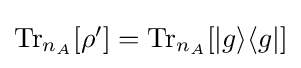
{\textstyle {\text{Tr}}_{n_{A}}[\rho ']={\text{Tr}}_{n_{A}}[|g\rangle \langle g|]}